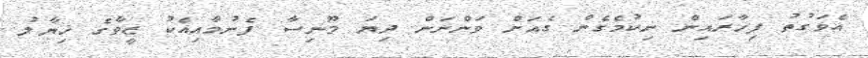
އެވަގުތު ފިހާރައިން ނިކުމެގެން ގެއަށް ވަންނަން ދިޔަ މޫނިސާ ފެނުމާއިއެކު ޒީވާގެ ޚިޔާލު